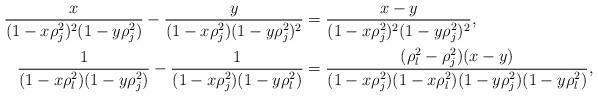
LaTeX: \begin{align*}\frac{x}{(1-x\rho_j^2)^2(1-y\rho_j^2)}-\frac{y}{(1-x\rho_j^2)(1-y\rho_j^2)^2}&=\frac{x-y}{(1-x\rho_j^2)^2(1-y\rho_j^2)^2},\\\frac{1}{(1-x\rho_l^2)(1-y\rho_j^2)}-\frac{1}{(1-x\rho_j^2)(1-y\rho_l^2)}&=\frac{(\rho_l^2-\rho_j^2)(x-y)}{(1-x\rho_j^2)(1-x\rho_l^2)(1-y\rho_j^2)(1-y\rho_l^2)},\end{align*}